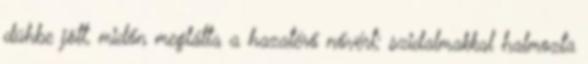
dühbe jött, midőn meglátta a hazatérő nővért; szidalmakkal halmozta